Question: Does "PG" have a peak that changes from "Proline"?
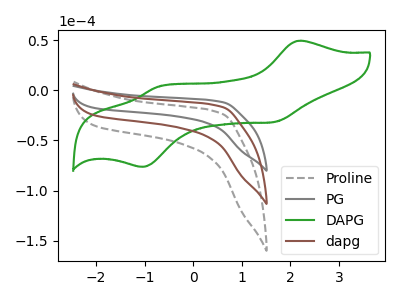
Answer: <think>The gray dashed curve "Proline" has no peaks. The gray curve "PG" has no peaks. The green curve "DAPG" has anodic peaks at (2.20V, 49.40uA) (-0.70V, 3.50uA) and cathodic peaks at (1.65V, -31.65uA) (-1.05V, -76.40uA). The brown curve "dapg" has no peaks.
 Neither "PG" or "Proline" have any peaks.</think>
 <answer>No, "PG" and "Proline" don't appear to be significantly different in shape</answer>
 <eval>no_change</eval>